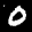
Label: 0